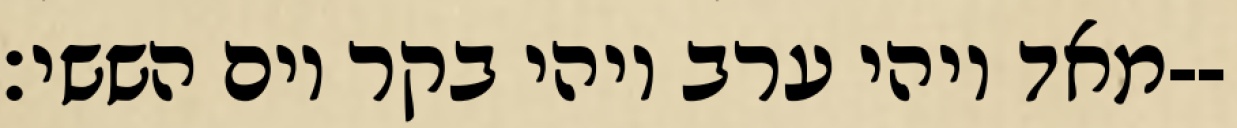
מאד ויהי ערב ויהי בקר יום הששי׃--